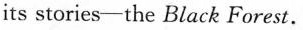
its stories-the Black Forest.